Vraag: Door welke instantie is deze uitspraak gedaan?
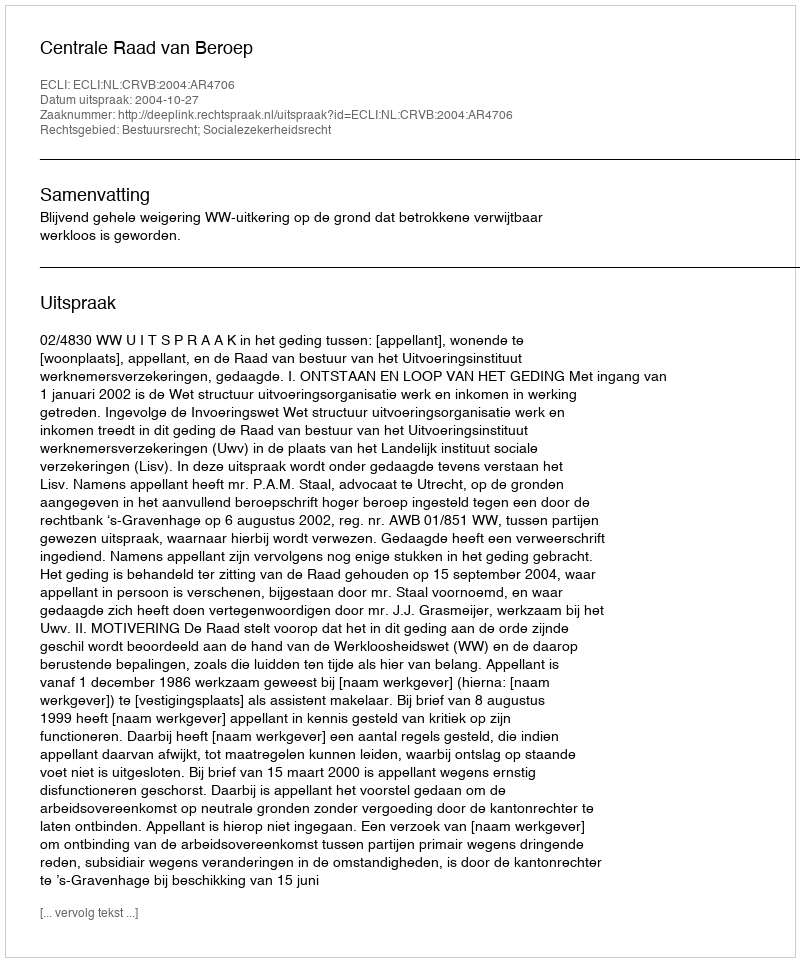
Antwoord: Centrale Raad van Beroep